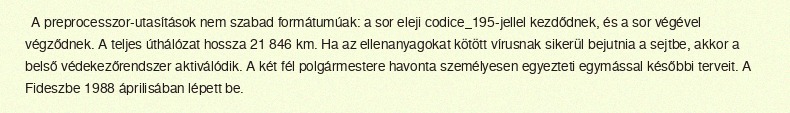
A preprocesszor-utasítások nem szabad formátumúak: a sor eleji codice_195-jellel kezdődnek, és a sor végével végződnek. A teljes úthálózat hossza 21 846 km. Ha az ellenanyagokat kötött vírusnak sikerül bejutnia a sejtbe, akkor a belső védekezőrendszer aktiválódik. A két fél polgármestere havonta személyesen egyezteti egymással későbbi terveit. A Fideszbe 1988 áprilisában lépett be.